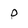
Character: P